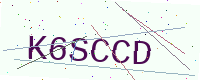
Text: K6SCCD